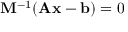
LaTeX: \mathbf { M } ^ { - 1 } ( \mathbf { A x } - \mathbf { b } ) = 0